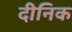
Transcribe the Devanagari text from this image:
दीनिक